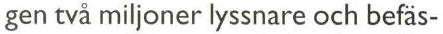
gen två miljoner lyssnare och befäs-